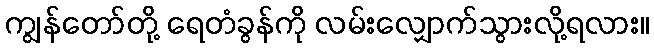
ကျွန်တော်တို့ ရေတံခွန်ကို လမ်းလျှောက်သွားလို့ရလား။